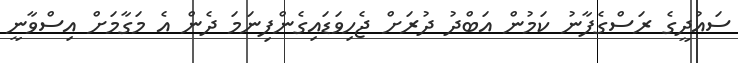
ސައުދީގެ ރަސްގެފާނު ކަމުން އަބްދު ދުރަށް ޖެހިވަޑައިގެންފިނަމަ ދެން އެ މަގާމަށް އިސްވާނީ